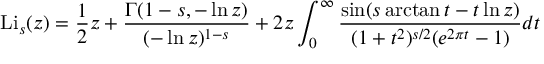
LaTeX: \operatorname { L i } _ { s } ( z ) = { \frac { 1 } { 2 } } z + { \frac { \Gamma ( 1 - s , - \ln z ) } { ( - \ln z ) ^ { 1 - s } } } + 2 z \int _ { 0 } ^ { \infty } { \frac { \sin ( s \arctan t - t \ln z ) } { ( 1 + t ^ { 2 } ) ^ { s / 2 } ( e ^ { 2 \pi t } - 1 ) } } d t